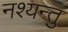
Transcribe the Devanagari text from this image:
नश्यन्तु